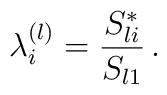
\lambda_i^{(l)} = \frac{S^*_{li}}{S_{l1}} \,.